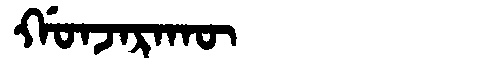
Manchu: ᡤᠣᠨᠵᠠᡵᠠᡴᡡ
Romanization: GONJARAKŪ